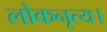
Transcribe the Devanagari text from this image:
लोकनृत्य।